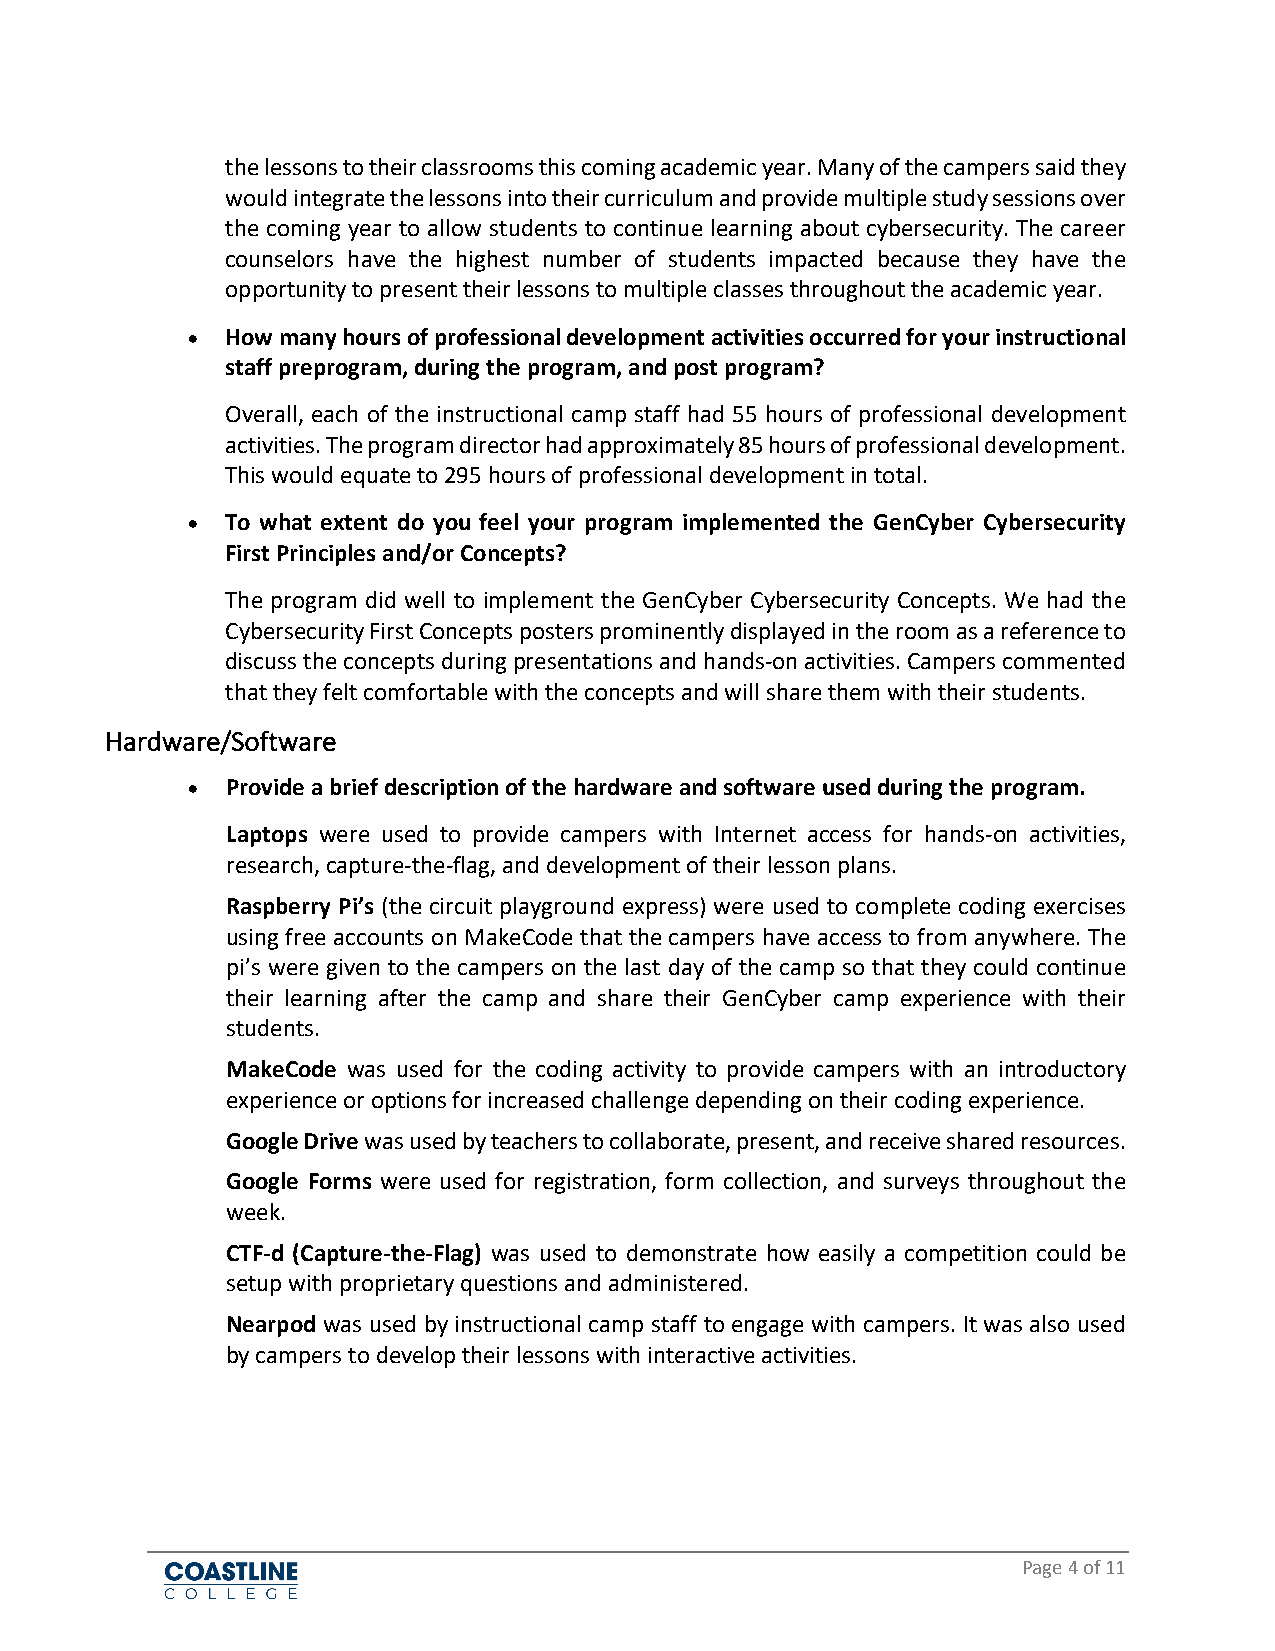
the lessons to their classrooms this coming academic year. Many of the campers said they
 would integrate the lessons into their curriculum and provide multiple study sessions over
 the coming year to allow students to continue learning about cybersecurity. The career
 counselors have the highest number of students impacted because they have the
 opportunity to present their lessons to multiple classes throughout the academic year.
 •  How many hours of professional development activities occurred for your instructional
 staff preprogram, during the program, and post program?
 Overall, each of the instructional camp staff had 55 hours of professional development
 activities. The program director had approximately 85 hours of professional development.
 This would equate to 295 hours of professional development in total.
 •  To what extent do you feel your program implemented the GenCyber Cybersecurity
 First Principles and/or Concepts?
 The program did well to implement the GenCyber Cybersecurity Concepts. We had the
 Cybersecurity First Concepts posters prominently displayed in the room as a reference to
 discuss the concepts during presentations and hands-on activities. Campers commented
 that they felt comfortable with the concepts and will share them with their students.
 Hardware/Software
 •  Provide a brief description of the hardware and software used during the program.
 Laptops were used to provide campers with Internet access for hands-on activities,
 research, capture-the-flag, and development of their lesson plans.
 Raspberry Pi’s (the circuit playground express) were used to complete coding exercises
 using free accounts on MakeCode that the campers have access to from anywhere. The
 pi’s were given to the campers on the last day of the camp so that they could continue
 their learning after the camp and share their GenCyber camp experience with their
 students.
 MakeCode was used for the coding activity to provide campers with an introductory
 experience or options for increased challenge depending on their coding experience.
 Google Drive was used by teachers to collaborate, present, and receive shared resources.
 Google Forms were used for registration, form collection, and surveys throughout the
 week.
 CTF-d (Capture-the-Flag) was used to demonstrate how easily a competition could be
 setup with proprietary questions and administered.
 Nearpod was used by instructional camp staff to engage with campers. It was also used
 by campers to develop their lessons with interactive activities.
 Page 4 of 11